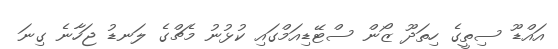
އައްޑޫ ސިތީގެ ހިތަދޫ ޒޯން ސްޓޭޑިއަމްގައި ކުޅުނު މެޗްގެ ލަނޑު ޖަހާނެ ގިނަ